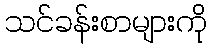
သင်ခန်းစာများကို